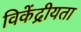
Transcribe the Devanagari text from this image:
विकेंद्रीयता